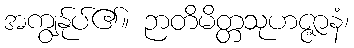
အကျွန်ုပ်၏။ ဉာတိမိတ္တသုဟဇ္ဇာနံ၊